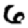
Digit: 6